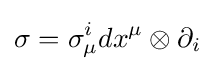
\sigma =\sigma _{\mu }^{i}dx^{\mu }\otimes \partial _{i}